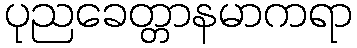
ပုညခေတ္တာနမာကရာ